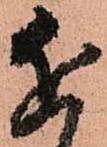
近